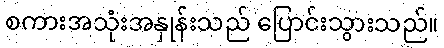
စကားအသုံးအနှုန်းသည် ပြောင်းသွားသည်။